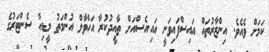
ކަމަށް ވެއެވެ. އިންޒާރުތައް އައިސްފައިވަނީ އައި.އެސްއަށް ތާއީދުކުރާ އަހްވާލް އުންމަތު މީޑިއާ ސެންޓަރުގެ